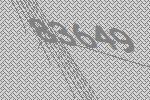
83649